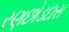
રણછોડદાસ